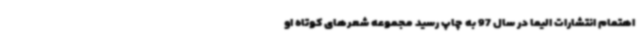
اهتمام انتشارات الیما در سال 97 به چاپ رسید مجموعه شعرهای کوتاه او